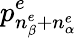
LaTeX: p_{n_{\beta}^{e}+n_{\alpha}^{e}}^{e}